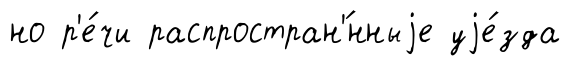
но р'е́чи распростран'́нныjе уjе́зда